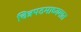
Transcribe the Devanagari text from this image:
चित्रपटमाध्यमात